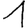
Digit: 1